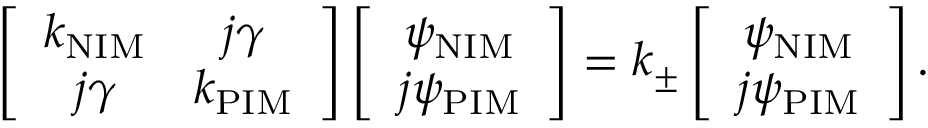
\left[ \begin{array} { c c } { k _ { \mathrm { N I M } } } & { j \gamma } \\ { j \gamma } & { k _ { \mathrm { P I M } } } \end{array} \right] \left[ \begin{array} { c c } { \psi _ { \mathrm { N I M } } } \\ { j \psi _ { \mathrm { P I M } } } \end{array} \right] = k _ { \pm } \left[ \begin{array} { c c } { \psi _ { \mathrm { N I M } } } \\ { j \psi _ { \mathrm { P I M } } } \end{array} \right] .